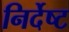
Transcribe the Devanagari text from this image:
निर्देष्ट